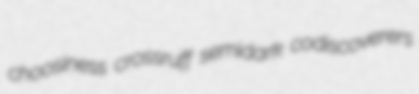
choosiness crossruff semidark codiscoverers